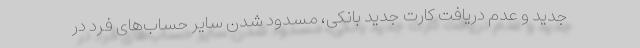
جدید و عدم دریافت کارت جدید بانکی، مسدود شدن سایر حساب‌های فرد در